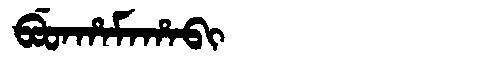
Manchu: ᠪᡠᡨᡥᠠᠮᠠᡥᠠᠪᡳ
Romanization: BUTHAMAHABI